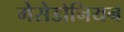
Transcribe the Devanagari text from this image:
मेसेडोनियन